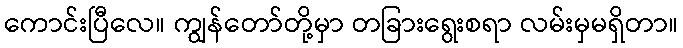
ကောင်းပြီလေ။ ကျွန်တော်တို့မှာ တခြားရွေးစရာ လမ်းမှမရှိတာ။